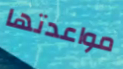
مواعدتها